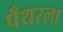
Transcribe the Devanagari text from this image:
पँथरला